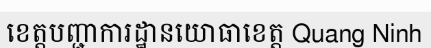
ខេត្តបញ្ជាការដ្ឋានយោធាខេត្ត Quang Ninh